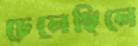
চেলেছিলে